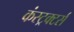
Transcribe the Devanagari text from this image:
कंस्ट्रक्टर्स